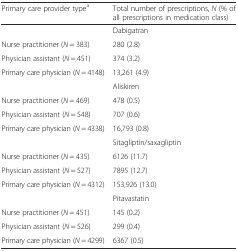
<table><thead><tr><td><b>Primary care provider type<sup>a</sup></b></td><td><b>Total number of prescriptions, <i>N</i> (% of all prescriptions in medication class)</b></td></tr></thead><tbody><tr><td></td><td>Dabigatran</td></tr><tr><td>Nurse practitioner (<i>N</i> = 383)</td><td>280 (2.8)</td></tr><tr><td>Physician assistant (<i>N</i> = 451)</td><td>374 (3.2)</td></tr><tr><td>Primary care physician (<i>N</i> = 4148)</td><td>13,261 (4.9)</td></tr><tr><td></td><td>Aliskiren</td></tr><tr><td>Nurse practitioner (<i>N</i> = 469)</td><td>478 (0.5)</td></tr><tr><td>Physician assistant (<i>N</i> = 548)</td><td>707 (0.6)</td></tr><tr><td>Primary care physician (<i>N</i> = 4338)</td><td>16,793 (0.8)</td></tr><tr><td></td><td>Sitagliptin/saxagliptin</td></tr><tr><td>Nurse practitioner (<i>N</i> = 435)</td><td>6126 (11.7)</td></tr><tr><td>Physician assistant (<i>N</i> = 527)</td><td>7895 (12.7)</td></tr><tr><td>Primary care physician (<i>N</i> = 4312)</td><td>153,926 (13.0)</td></tr><tr><td></td><td>Pitavastatin</td></tr><tr><td>Nurse practitioner (<i>N</i> = 451)</td><td>145 (0.2)</td></tr><tr><td>Physician assistant (<i>N</i> = 526)</td><td>299 (0.4)</td></tr><tr><td>Primary care physician (<i>N</i> = 4299)</td><td>6367 (0.5)</td></tr></tbody></table>